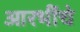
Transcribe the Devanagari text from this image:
आरभींचे